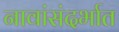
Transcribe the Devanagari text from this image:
नावांसंदर्भात